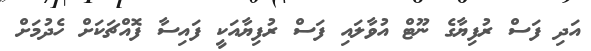
އަދި ފަސް ރުފިޔާގެ ނޫޓް އުވާލައި ފަސް ރުފިޔާއަކީ ފައިސާ ފޮއްޗަކަށް ހެދުމަށް